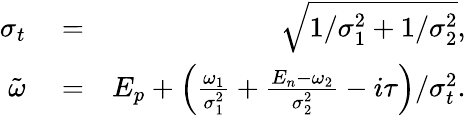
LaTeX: \begin{array}{rlr}{\sigma_{t}}&{{}=}&{\sqrt{1/\sigma_{1}^{2}+1/\sigma_{2}^{2}},}\\ {\tilde{\omega}}&{{}=}&{E_{p}+\left(\frac{\omega_{1}}{\sigma_{1}^{2}}+\frac{E_{n}-\omega_{2}}{\sigma_{2}^{2}}-i\tau\right)/\sigma_{t}^{2}.}\end{array}